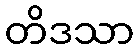
တိဒသာ